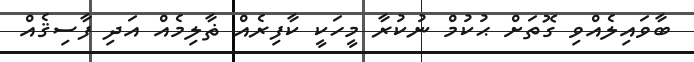
ބާވައިލެއްވި ގޮތަށް ޙުކުމް ނުކުރާ މީހަކީ ކާފިރެއް ޡާލިމެއް އަދި ފާސިޤެއް